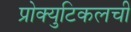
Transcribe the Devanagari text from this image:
प्रोक्युटिकलची